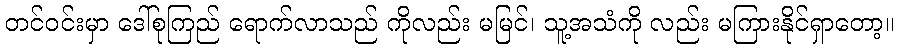
တင်ဝင်းမှာ ဒေါ်စုကြည် ရောက်လာသည် ကိုလည်း မမြင်၊ သူ့အသံကို လည်း မကြားနိုင်ရှာတော့။